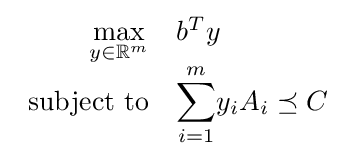
{\begin{array}{rl}{\displaystyle \max _{y\in \mathbb {R} ^{m}}}&b^{T}y\\{\text{subject to}}&{\displaystyle \sum _{i=1}^{m}}y_{i}A_{i}\preceq C\end{array}}